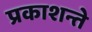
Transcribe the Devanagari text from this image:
प्रकाशन्ते